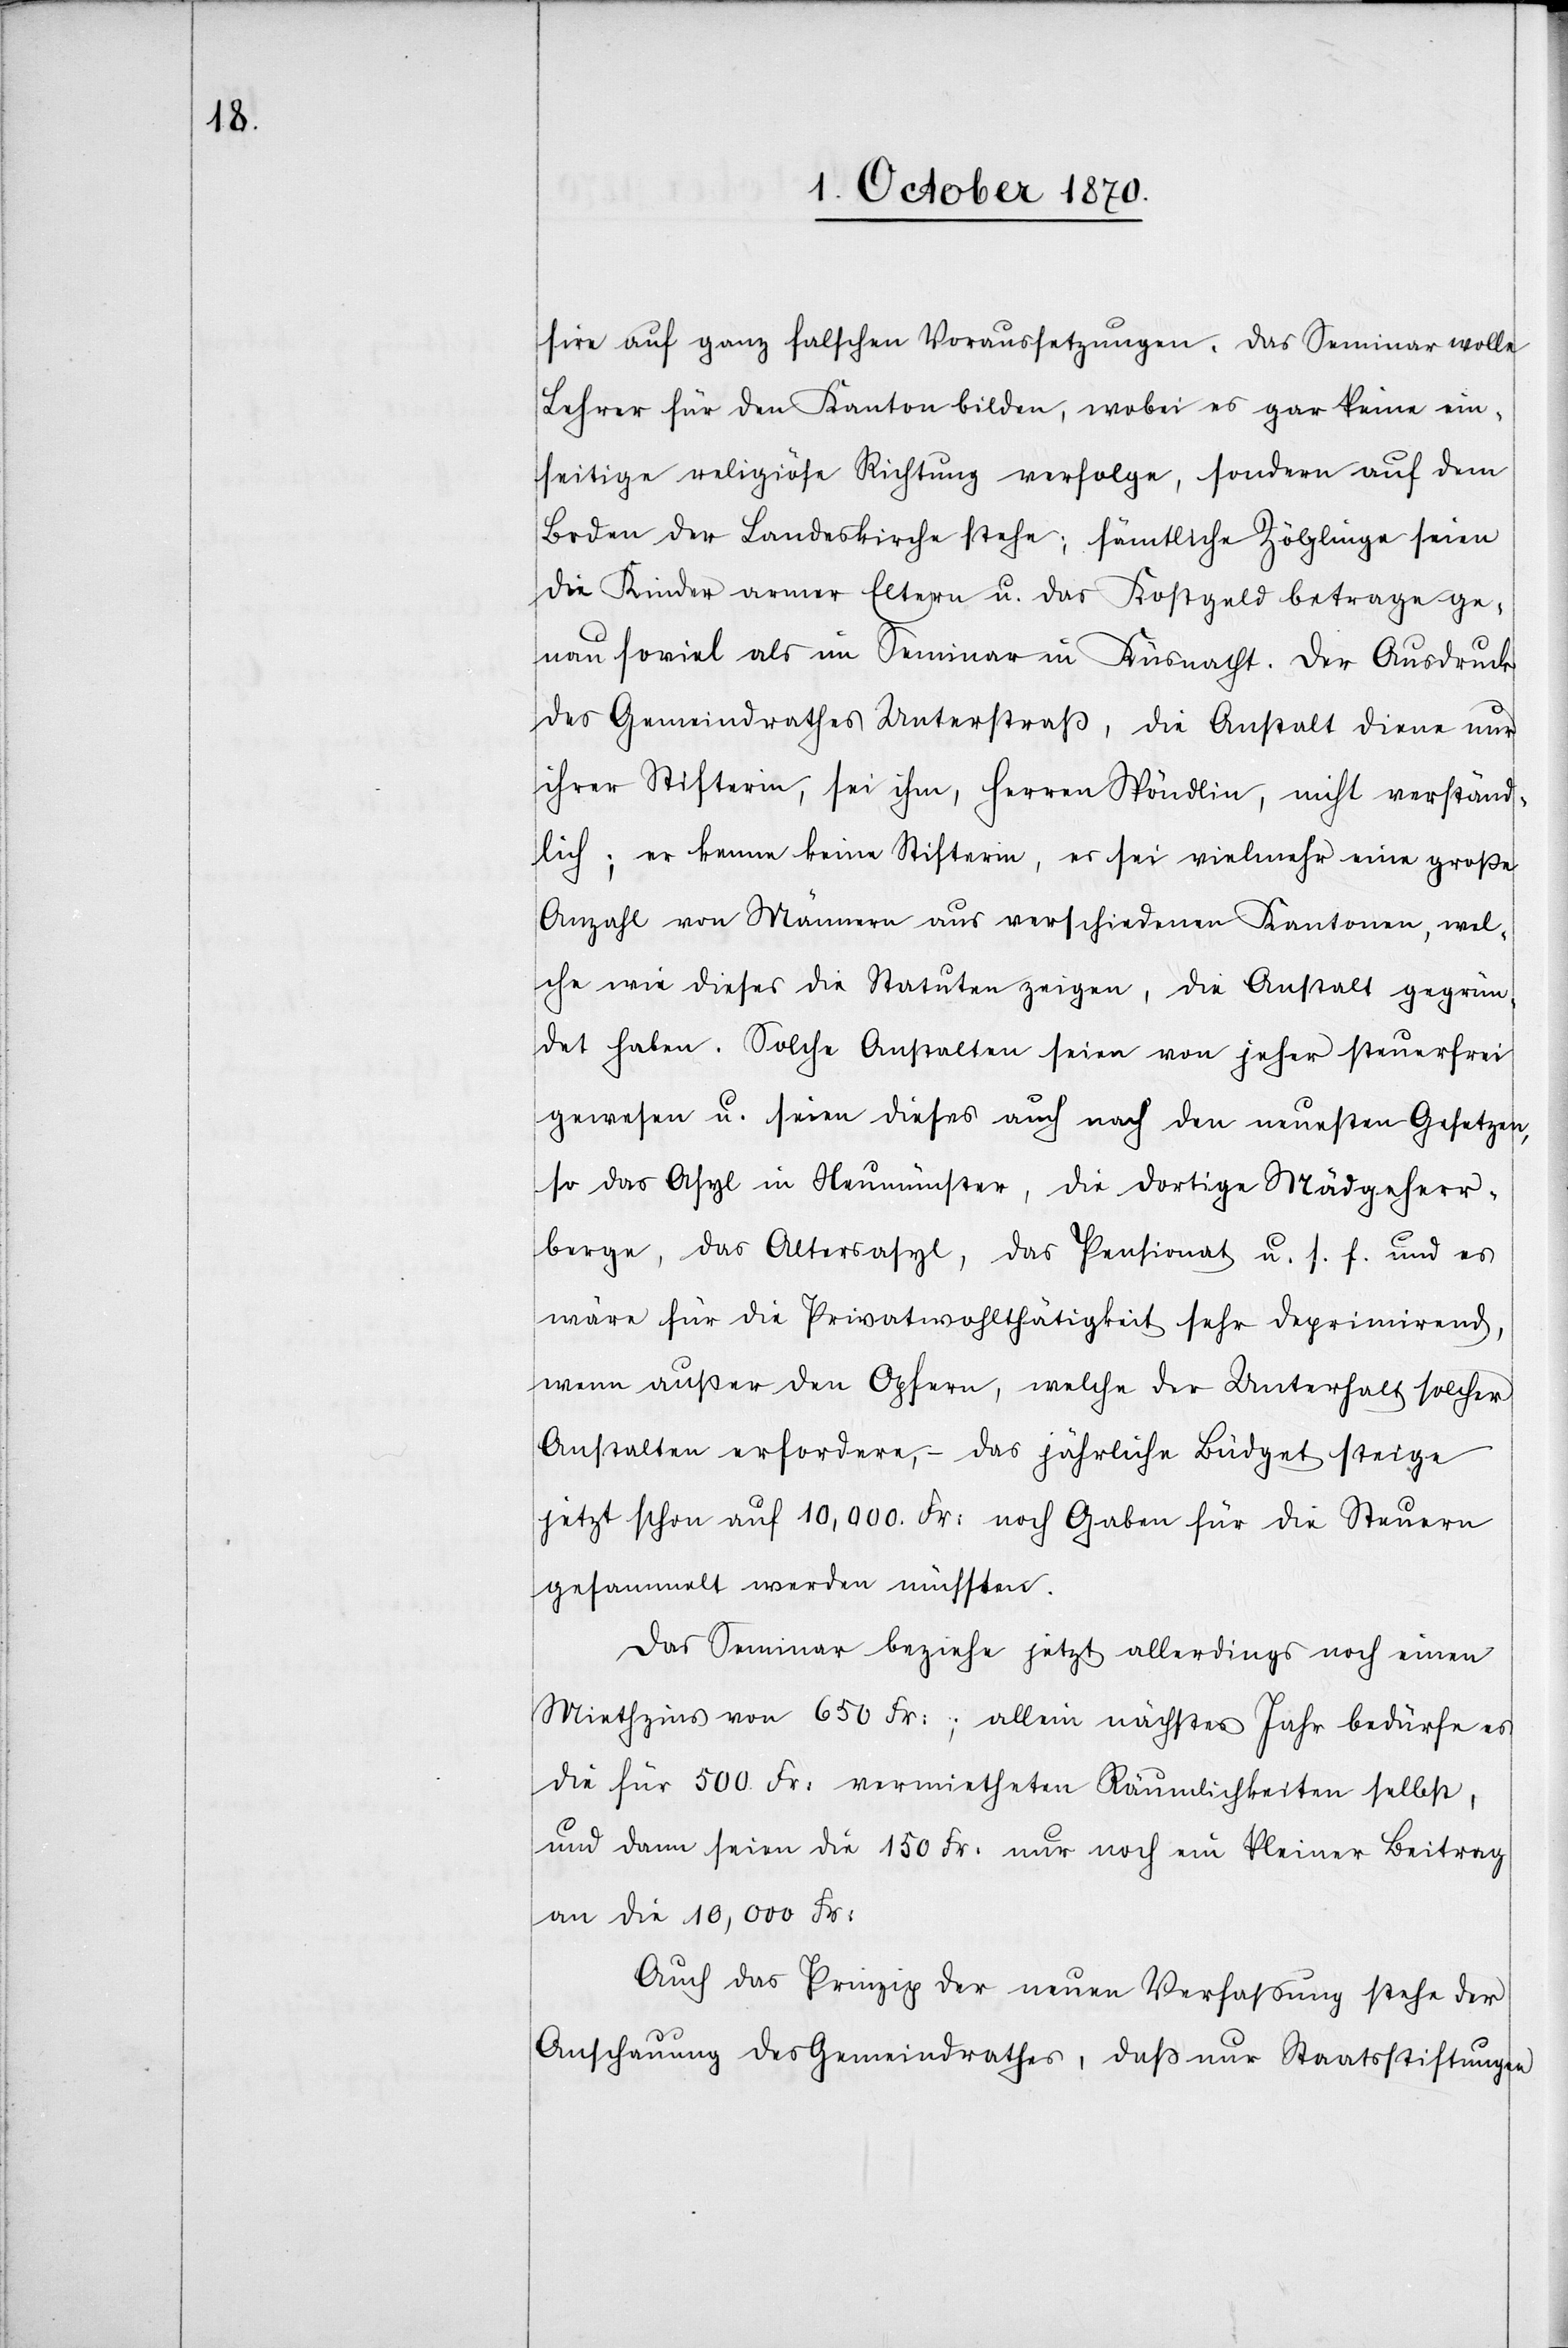
gegrü¬

sire auf ganz falschen Voraussetzungen. Das Seminar wolle
Lehrer für den Kanton bilden, wobei es gar keine ein¬
seitige religiöse Richtung verfolge, sondern auf dem
Boden der Landeskirche stehe; sämtliche Zöglinge seien
die Kinder von armen Eltern u. das Kostgeld betrage ge¬
nau soviel als im Seminar in Küsnacht. Der Ausdruck
des Gemeindrathes Unterstraß, die Anstalt diene nur
ihrer Stifterin, sei ihm, Herren Spöndlin, nicht verständ¬
lich; er kenne keine Stifterin, es sei vielmehr eine große
Anzahl von Männern aus verschiedenen Kantonen, welche
ndet haben. Solche Anstalten seien von jeher steuerfrei
gewesen u. seien dieses auch nach den neuesten Gesetzen,
so das Asyl in Neumünster, die dortige Mädgeher¬
berge, das Altersasyl, das Pensionat u. s. f. und es
wäre für die Privatwohltätigkeit sehr deprimirend,
wenn außer den Opfern, welche der Unterhalt solcher
Anstalten erfordere, – das jährliche Büdget steige
jetzt schon auf 10,000. Fr: noch Gaben für die Steuern
gesammelt werden müssten.
Das Seminar beziehe jetzt allerdings noch einen
Miethzins von 650 Fr:; allein nächstes Jahr bedürfe es
die für 500 Fr. vermietheten Räumlichkeiten selbst,
und dann seien die 150 Fr. nur noch ein kleiner Beitrag
an die 10,000 Fr:
Auch das Prinzip der neuen Verfassung stehe der
Anschauung des Gemeindrathes, daß nur Staatsstiftungen